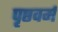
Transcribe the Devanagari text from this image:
पृष्ठवर्म